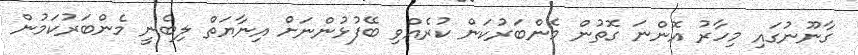
ގާނޫނުގައި މިހާރު އޮންނަ ގޮތުން މެންބަރުކަން ކުރެއްވި ބޭފުޅުންނަށް އިނާޔަތް ލިބެނީ މެންބަރުކަމުން